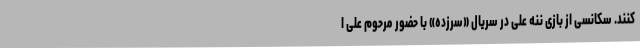
کنند. سکانسی از بازی ننه علی در سریال «سرزده» با حضور مرحوم علی ا